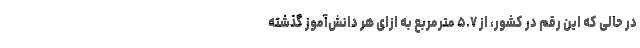
در حالی که این رقم در کشور، از ۵.۷ مترمربع به ازای هر دانش‌آموز گذشته